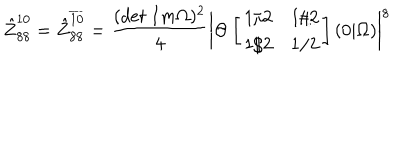
\hat { Z } _ { 8 8 } ^ { 1 0 } = \hat { Z } _ { 8 8 } ^ { \overline { { { 1 0 } } } } = \frac { ( d e t \ I m \Omega ) ^ { 2 } } { 4 } \biggl \vert \Theta \left[ \begin{array} { l l } { { 1 / 2 } } & { { 1 / 2 } } \\ { { 1 / 2 } } & { { 1 / 2 } } \\ \end{array} \right] ( 0 \vert \Omega ) \biggr \vert ^ { 8 }